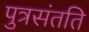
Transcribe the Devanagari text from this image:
पुत्रसंतति